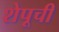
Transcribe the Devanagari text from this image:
शेपूची